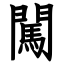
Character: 闖